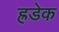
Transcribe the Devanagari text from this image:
ह्रडेक